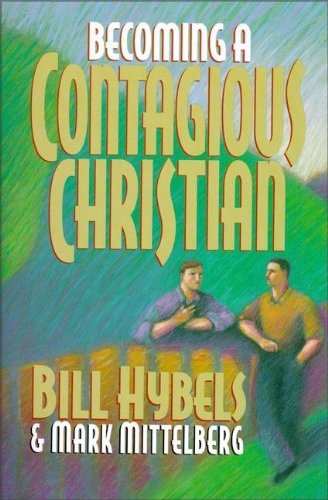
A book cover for Becoming a Contagious Christian; Bill Hybels; Christian Books & Bibles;